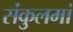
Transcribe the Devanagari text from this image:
संकुलमां